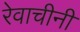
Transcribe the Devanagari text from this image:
रेवाचीनी